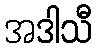
အဒါသီ